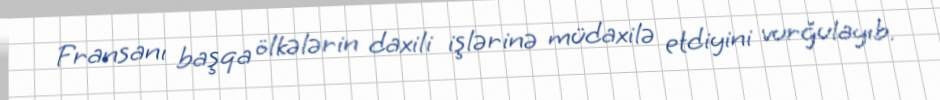
Fransanı başqa ölkələrin daxili işlərinə müdaxilə etdiyini vurğulayıb.